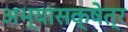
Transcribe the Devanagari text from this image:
अभ्यासक्षेत्र